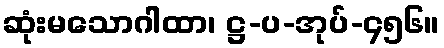
ဆုံးမသောဂါထာ၊ ဋ္ဌ-ပ-အုပ်-၄၅၆။